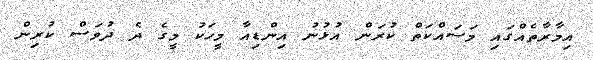
އިމާރާތެއްގައި މަސައްކަތް ކުރަން އުޅުނު އިންޑިއާ މީހަކު މީގެ ދެ ދުވަސް ކުރިން